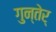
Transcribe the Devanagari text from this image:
गुन्तेर्